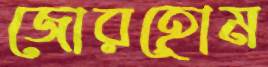
জোরহোম